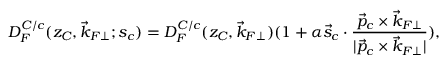
D _ { F } ^ { C / c } ( z _ { C } , \vec { k } _ { F \perp } ; s _ { c } ) = D _ { F } ^ { C / c } ( z _ { C } , \vec { k } _ { F \perp } ) ( 1 + \alpha \vec { s } _ { c } \cdot { \frac { \vec { p } _ { c } \times \vec { k } _ { F \perp } } { | \vec { p } _ { c } \times \vec { k } _ { F \perp } | } } ) ,